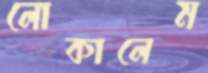
লোকালেম